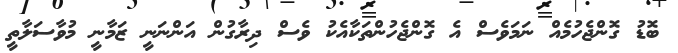
ބޮޑު ގޮންޖެހުމެއް ނަމަވެސް އެ ގޮންޖެހުންތަކާއެކު ވެސް ދިރާގުން އަންނަނީ ޒަމާނީ މުވާސަލާތީ